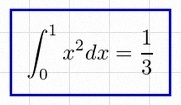
\int_0^1 x^2dx=\frac13